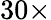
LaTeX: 30\times